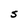
Character: S